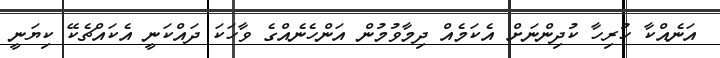
އަނެއްކާ ހުރިހާ ކުދިންނަށް އެކަމެއް ދިމާވުމުން އަންހެނެއްގެ ވާހަކަ ދައްކަނީ އެކައްޗެކޭ ކިޔަނީ